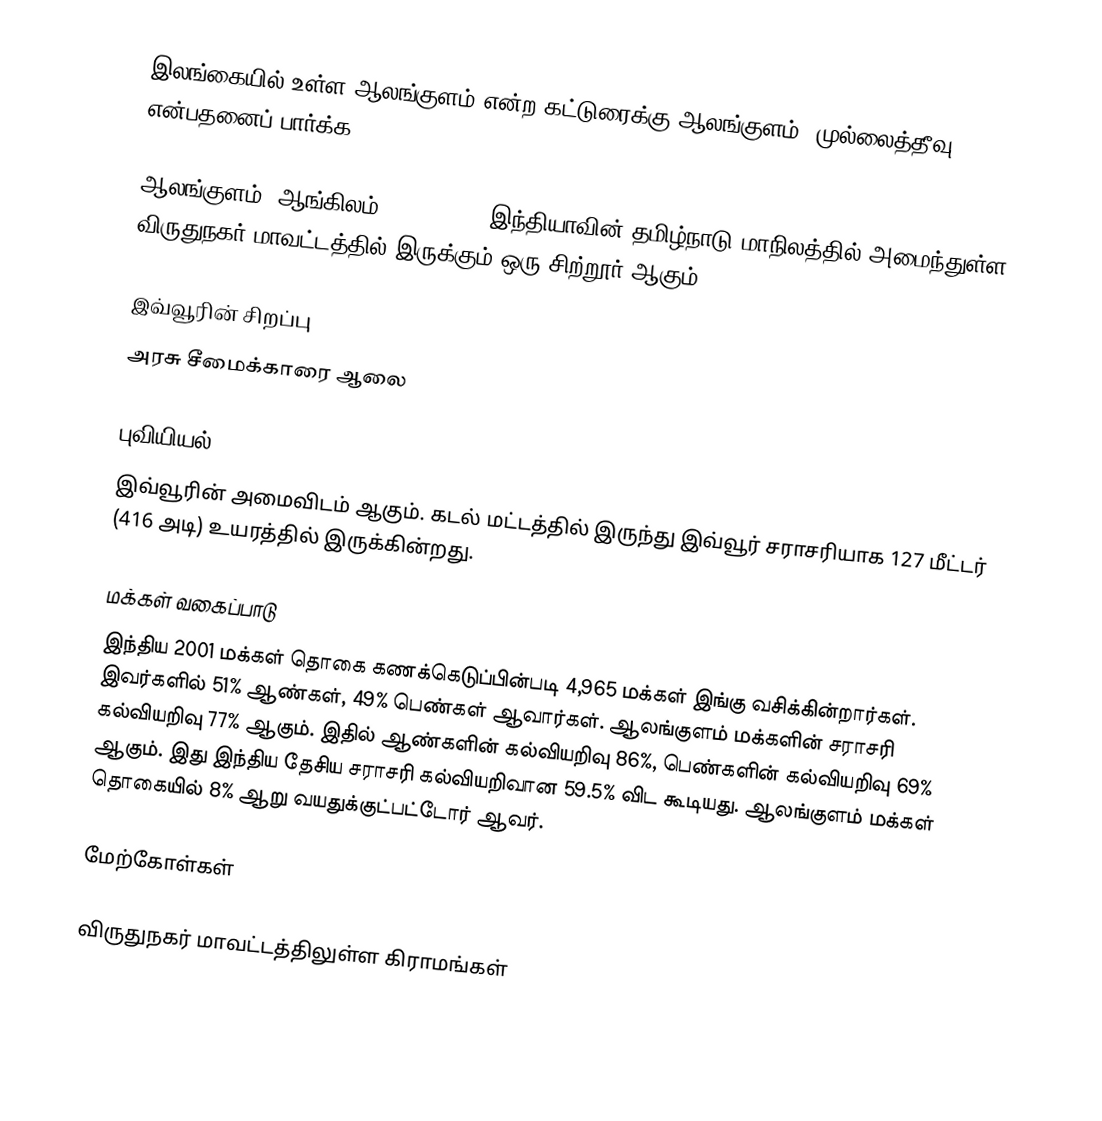
இலங்கையில் உள்ள ஆலங்குளம் என்ற கட்டுரைக்கு ஆலங்குளம் (முல்லைத்தீவு) என்பதனைப் பார்க்க.

ஆலங்குளம் (ஆங்கிலம்:Alangulam), இந்தியாவின் தமிழ்நாடு மாநிலத்தில் அமைந்துள்ள விருதுநகர் மாவட்டத்தில் இருக்கும் ஒரு சிற்றூர் ஆகும்.

இவ்வூரின் சிறப்பு
அரசு சீமைக்காரை ஆலை

புவியியல்
இவ்வூரின் அமைவிடம்  ஆகும். கடல் மட்டத்தில் இருந்து இவ்வூர் சராசரியாக 127 மீட்டர் (416 அடி) உயரத்தில் இருக்கின்றது.

மக்கள் வகைப்பாடு
இந்திய 2001 மக்கள் தொகை கணக்கெடுப்பின்படி 4,965 மக்கள் இங்கு வசிக்கின்றார்கள். இவர்களில் 51% ஆண்கள், 49% பெண்கள் ஆவார்கள். ஆலங்குளம் மக்களின் சராசரி கல்வியறிவு 77% ஆகும். இதில் ஆண்களின் கல்வியறிவு 86%,  பெண்களின் கல்வியறிவு 69% ஆகும். இது இந்திய தேசிய சராசரி கல்வியறிவான 59.5% விட கூடியது. ஆலங்குளம் மக்கள் தொகையில் 8% ஆறு வயதுக்குட்பட்டோர் ஆவர்.

மேற்கோள்கள்

விருதுநகர் மாவட்டத்திலுள்ள கிராமங்கள்